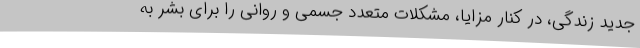
جدید زندگی، در کنار مزایا، مشکلات متعدد جسمی و روانی را برای بشر به